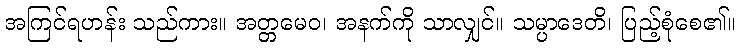
အကြင်ရဟန်း သည်ကား။ အတ္တမေဝ၊ အနက်ကို သာလျှင်။ သမ္ပာဒေတိ၊ ပြည့်စုံစေ၏။